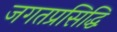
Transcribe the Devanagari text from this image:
जगतप्रसिद्धि